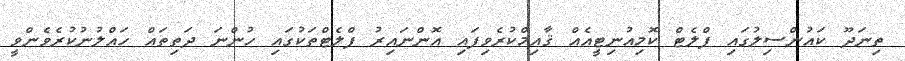
ތިނަދޫ ކައުންސިލުގައި ފްލެޓް ކޮމިއުނިޓީއެއް ޤާއިމްކުރެވިފައި އޮންނައިރު ފްލެޓްތަކުގައި ހުންނަ ދަތިތައް ހައްލުނުކުރެވެންވީ